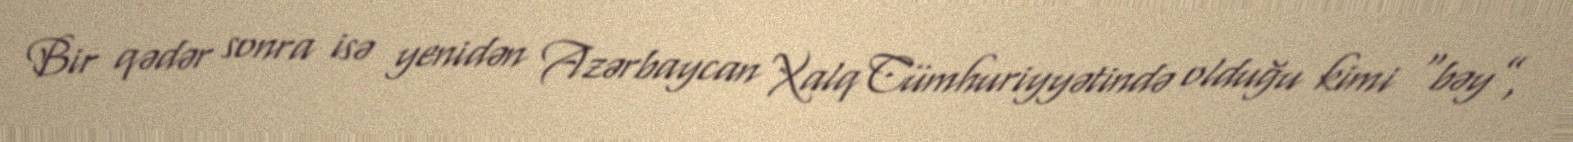
Bir qədər sonra isə yenidən Azərbaycan Xalq Cümhuriyyətində olduğu kimi “bəy”,